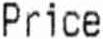
PRICE